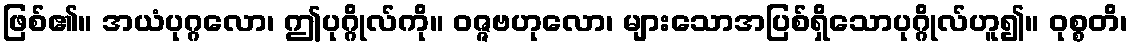
ဖြစ်၏။ အယံပုဂ္ဂလော၊ ဤပုဂ္ဂိုလ်ကို။ ဝဇ္ဇဗဟုလော၊ များသောအပြစ်ရှိသောပုဂ္ဂိုလ်ဟူ၍။ ဝုစ္စတိ၊